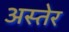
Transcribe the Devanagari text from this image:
अस्तेर